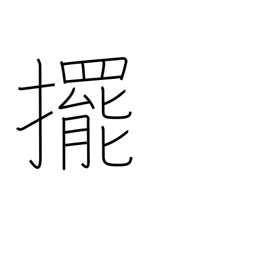
Meaning: push open